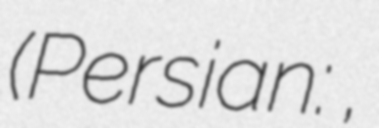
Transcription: (Persian: بردنشانده,